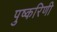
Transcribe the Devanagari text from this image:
पुष्‍करिणी